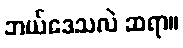
ဘယ်ဒေသလဲ ဆရာ။